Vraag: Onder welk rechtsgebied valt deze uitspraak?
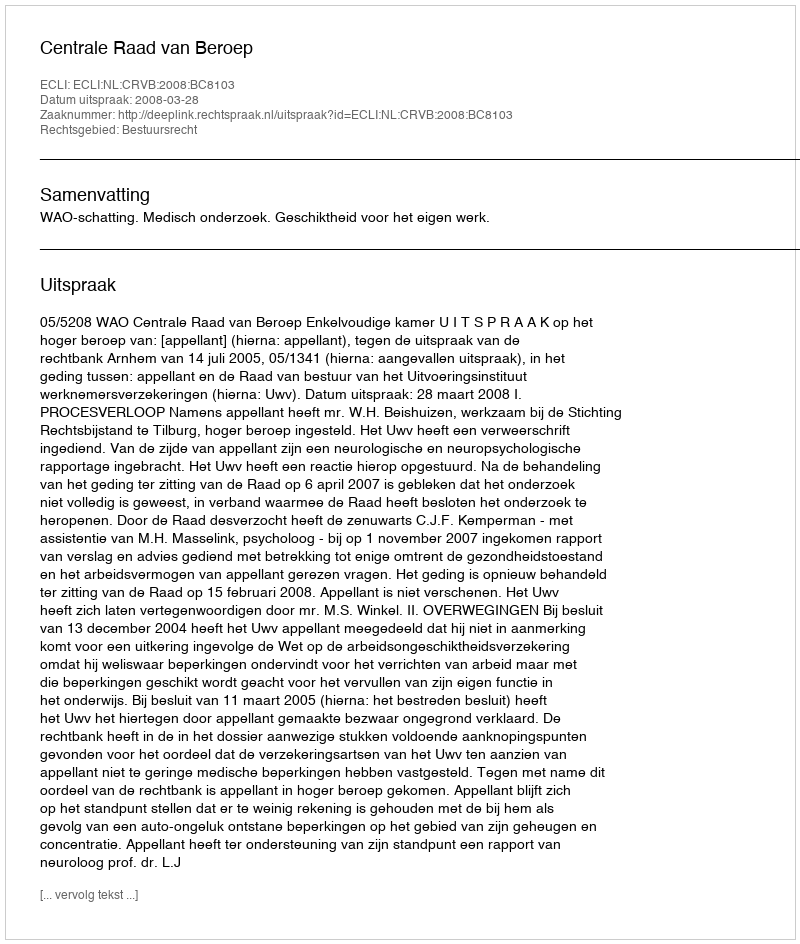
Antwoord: Bestuursrecht